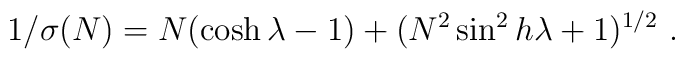
1/\sigma(N) = N (\cosh \lambda -1) + (N^2 \sin^2 h\lambda + 1)^{1/2}\ .